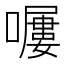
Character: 𡀿